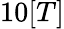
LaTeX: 10[T]